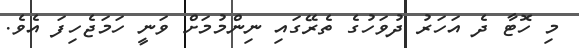
މި ހޮޓާ ދެ އަހަރު ދުވަހުގެ ތެރޭގައި ނިންމުމަށް ވަނީ ހަމަޖެހިފަ އެވެ.